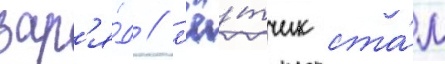
зар'я́д / л'ё́тчик ста́л